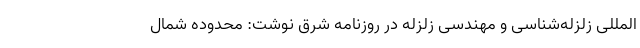
المللی زلزله‌شناسی و مهندسی زلزله در روزنامه شرق نوشت: محدوده شمال